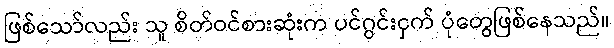
ဖြစ်သော်လည်း သူ စိတ်ဝင်စားဆုံးက ပင်ဂွင်းငှက် ပုံတွေဖြစ်နေသည်။